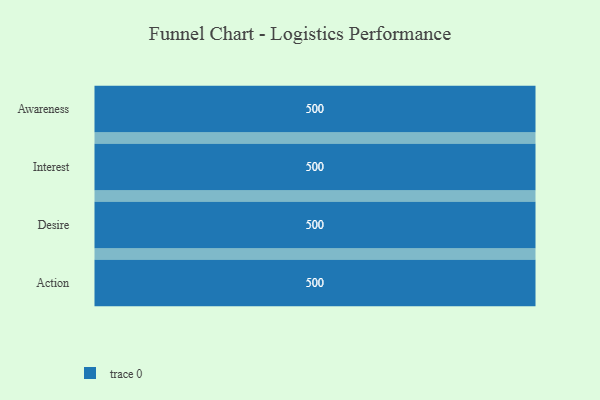
{"axis": {"x": "Stage", "y": "Value"}, "legend": [""], "data": [{"x": "Awareness", "y": 500, "type": ""}, {"x": "Interest", "y": 500, "type": ""}, {"x": "Desire", "y": 500, "type": ""}, {"x": "Action", "y": 500, "type": ""}]}